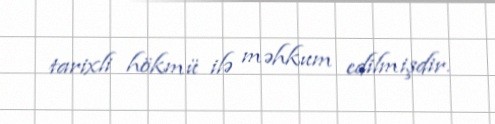
tarixli hökmü ilə məhkum edilmişdir.